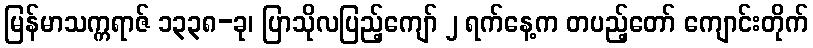
မြန်မာသက္ကရာဇ် ၁၃၃၈-ခု၊ ပြာသိုလပြည့်ကျော် ၂ ရက်နေ့က တပည့်တော် ကျောင်းတိုက်